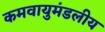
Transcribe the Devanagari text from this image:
कमवायुमंडलीय